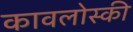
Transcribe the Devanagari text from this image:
कावलोस्की